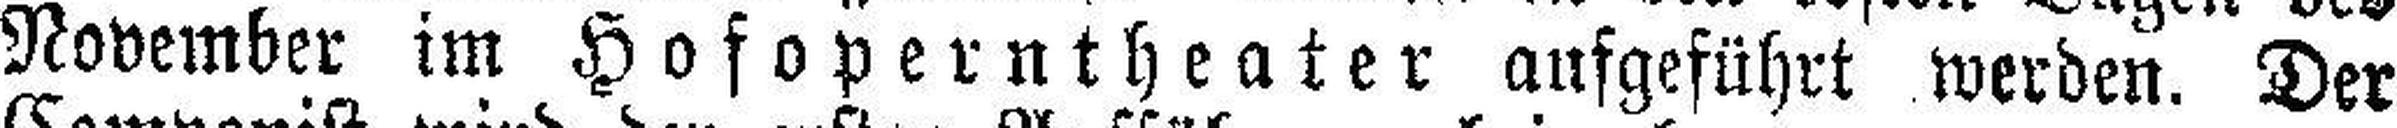
November im Hofoperntheater aufgeführt werden. Der